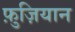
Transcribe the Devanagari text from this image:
फ़ुज़ियान